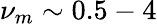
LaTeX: \nu_{m}\sim 0.5-4